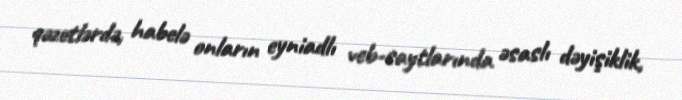
qəzetlərdə, habelə onların eyniadlı veb-saytlarında əsaslı dəyişiklik,